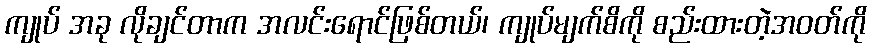
ကျုပ် အခု လိုချင်တာက အလင်းရောင်ဖြစ်တယ်၊ ကျုပ်မျက်စိကို စည်းထားတဲ့အဝတ်ကို